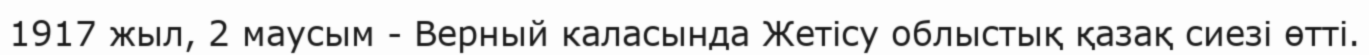
1917 жыл, 2 маусым - Верный каласында Жетісу облыстық қазақ сиезі өтті.